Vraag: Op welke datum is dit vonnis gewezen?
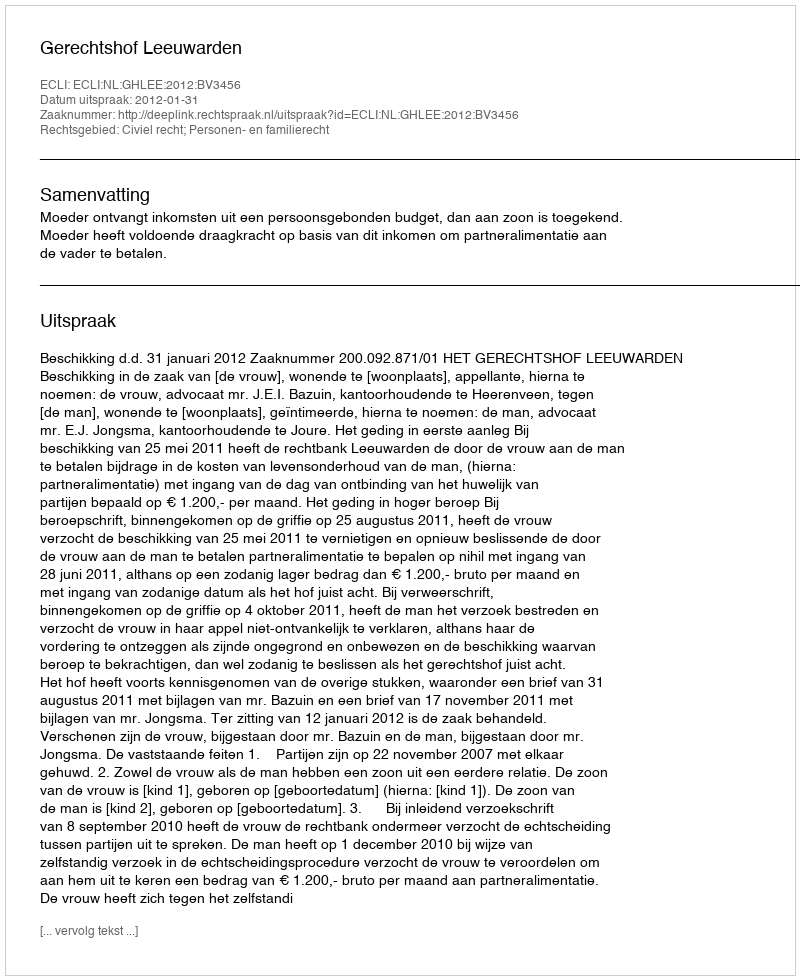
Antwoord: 2012-01-31